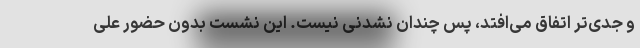
و جدی‌تر اتفاق می‌افتد، پس چندان نشدنی نیست. این نشست بدون حضور علی